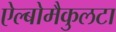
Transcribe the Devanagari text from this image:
ऐल्बोमैकुलटा